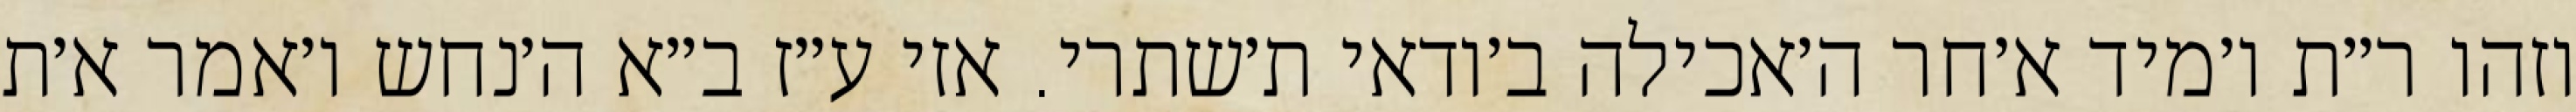
וזהו ר״ת ו׳מיד א׳חר ה׳אכילה ב׳ודאי ת׳שתרי. אזי ע״ז ב״א ה׳נחש ו׳אמר א׳ת